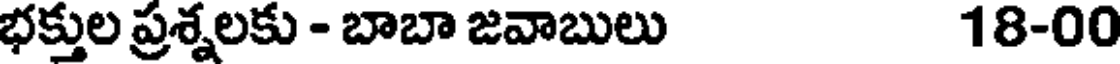
భక్తుల ప్రశ్నలకు - బాబా జవాబులు 18-00